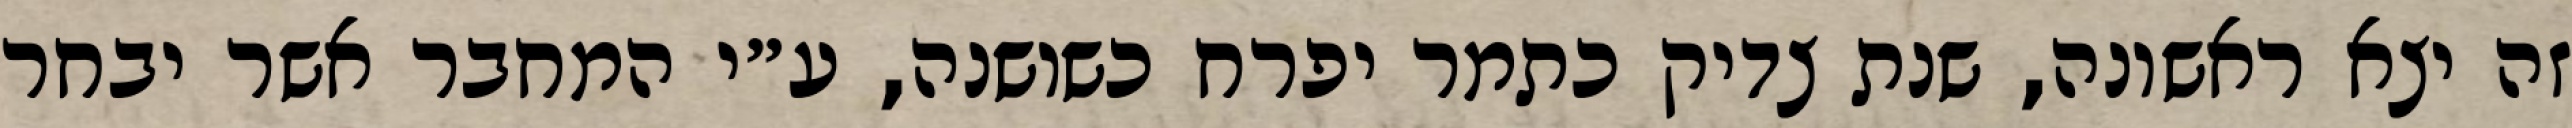
זה יצא ראשונה, שנת צדיק כתמר יפרח כשושנה, ע״י המחבר אשר יבחר